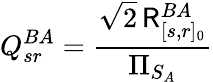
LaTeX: Q_{sr}^{BA}=\frac{\sqrt{2}\, \mathsf{R}_{[s,r]_{0}}^{BA}}{\Pi_{S_{A}}}